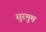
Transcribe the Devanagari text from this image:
सुरमुम